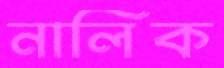
নালিক